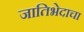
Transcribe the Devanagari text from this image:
जातिभेदाचा